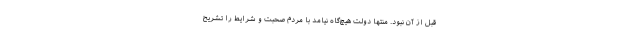
قبل از آن نبود. منتها دولت هیچ‌گاه نیامد با مردم صحبت و شرایط را تشریح